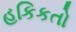
હકિકતો